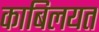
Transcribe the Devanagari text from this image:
काबिलयत